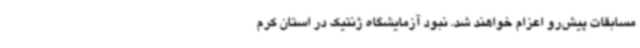
مسابقات پیش‌رو اعزام خواهند شد. نبود آزمایشگاه ژنتیک در استان کرم